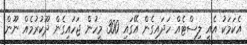
އެކަމަކު އެއީ ލިސްޓެއް ހަދައިގެން އޭގައި 300 މީހުން ޖަހައިގެން ދޫކުރުމެއް ނޫން.